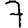
Digit: 7